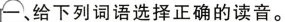
一、给下列词语选择正确的读音。